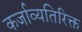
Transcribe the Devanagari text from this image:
कर्जाव्यतिरिक्त